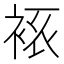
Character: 𧘾